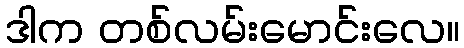
ဒါက တစ်လမ်းမောင်းလေ။